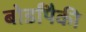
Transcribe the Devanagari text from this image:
बोर्डांपैकी